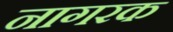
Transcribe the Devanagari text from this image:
नागरक